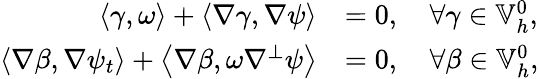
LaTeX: \begin{array}{rl}{\left\langle\gamma,\omega\right\rangle+\left\langle\nabla\gamma,\nabla\psi\right\rangle}&{=0,\quad\forall\gamma\in\mathbb{V}_{h}^{0},}\\ {\left\langle\nabla\beta,\nabla\psi_{t}\right\rangle+\left\langle\nabla\beta,\omega\nabla^{\perp}\psi\right\rangle}&{=0,\quad\forall\beta\in\mathbb{V}_{h}^{0},}\end{array}